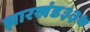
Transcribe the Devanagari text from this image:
झारखंड३३७